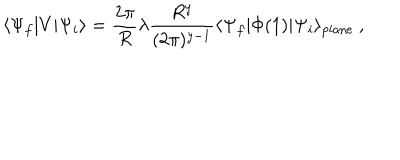
\langle \Psi _ { f } | V | \Psi _ { i } \rangle = \frac { 2 \pi } { R } \lambda \frac { R ^ { y } } { ( 2 \pi ) ^ { y - 1 } } \langle \Psi _ { f } | \Phi ( 1 ) | \Psi _ { i } \rangle _ { \mathrm { p l a n e } } \ ,